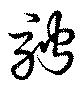
騁